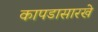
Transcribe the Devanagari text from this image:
कापडासारखे